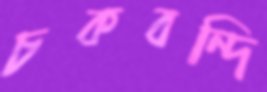
চকবন্দি